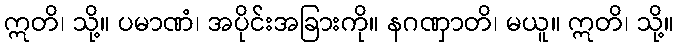
ဣတိ၊ သို့။ ပမာဏံ၊ အပိုင်းအခြားကို။ နဂဏှာတိ၊ မယူ။ ဣတိ၊ သို့။